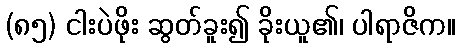
(၈၅) ငါးပဲဖိုး ဆွတ်ခူး၍ ခိုးယူ၏၊ ပါရာဇိက။